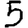
Digit: 5